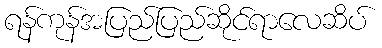
ရန်ကုန်အပြည်ပြည်ဆိုင်ရာလေဆိပ်